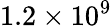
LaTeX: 1.2\times 10^{9}